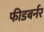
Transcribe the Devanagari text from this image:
फीडबर्नर